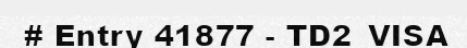
# Entry 41877 - TD2_VISA